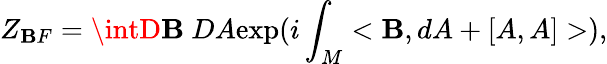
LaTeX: Z_{\mathbf{B}F}=\intD\mathbf{B}~DA\mathrm{{exp}}(i\int_{M}<\mathbf{B},dA+[A,A]>),